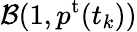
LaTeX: \mathcal{B}(1,p^{\mathrm{t}}(t_{k}))